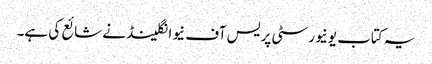
یہ کتاب یونیورسٹی پریس آف نیوانگلینڈ نے شائع کی ہے۔